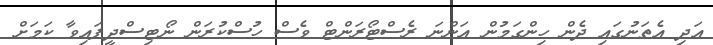
އަދި އެތަނުގައި ދެން ހިންގަމުން އަންނަ ރެސްޓޯރަންޓް ވެސް ހުސްކުރަން ނޯޓިސްދީފައިވާ ކަމަށް